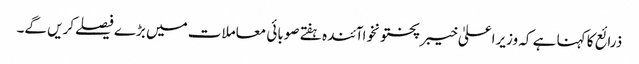
ذرائع کا کہنا ہے کہ وزیراعلیٰ خیبرپختونخواآئندہ ہفتے صوبائی معاملات میں بڑے فیصلےکریں گے۔